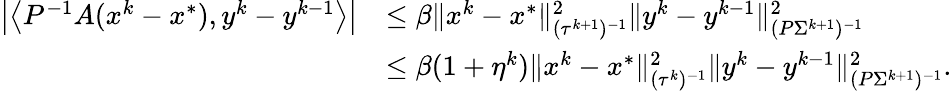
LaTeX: \begin{array}{rl}{\left|\left\langle P^{-1}A(x^{k}-x^{*}),y^{k}-y^{k-1}\right\rangle\right|}&{\leq\beta\| x^{k}-x^{*}\| _{(\tau^{k+1})^{-1}}^{2}\| y^{k}-y^{k-1}\| _{(P\Sigma^{k+1})^{-1}}^{2}}\\ &{\leq\beta(1+\eta^{k})\| x^{k}-x^{*}\| _{(\tau^{k})^{-1}}^{2}\| y^{k}-y^{k-1}\| _{(P\Sigma^{k+1})^{-1}}^{2}.}\end{array}